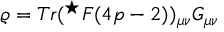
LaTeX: \varrho = T r ( ^ { \star } F ( 4 p - 2 ) ) _ { \mu \nu } G _ { \mu \nu }